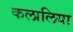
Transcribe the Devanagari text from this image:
कलालिया